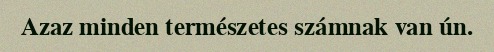
Azaz minden természetes számnak van ún.